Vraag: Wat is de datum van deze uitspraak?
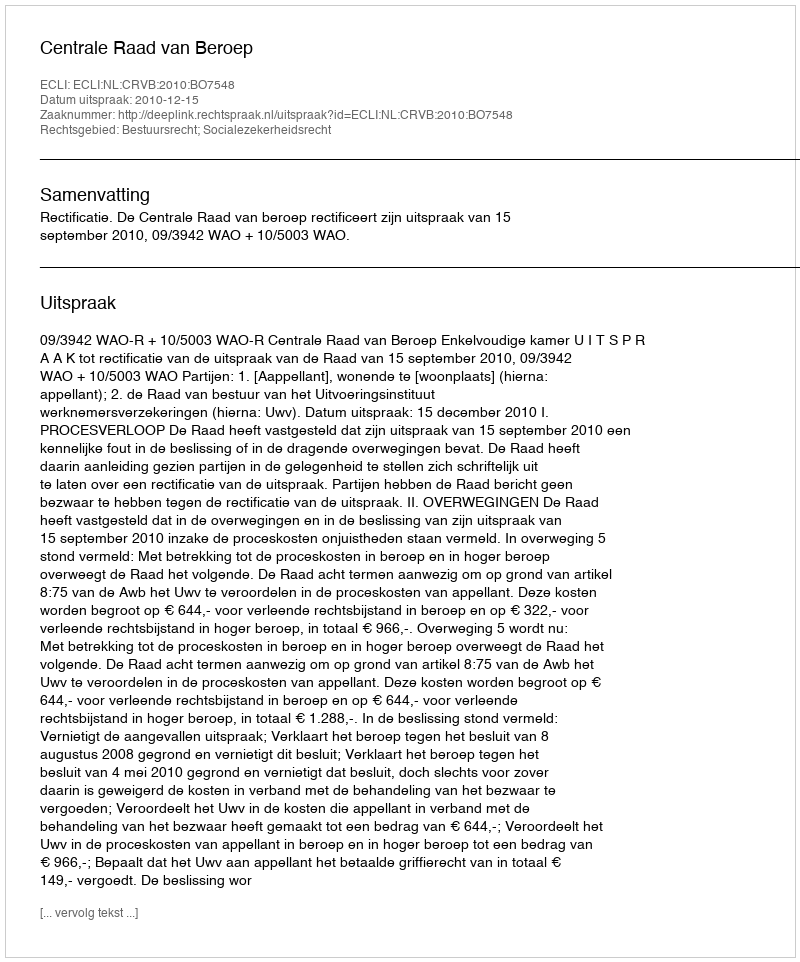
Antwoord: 2010-12-15